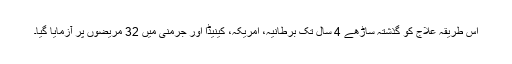
اس طریقہ علاج کو گذشتہ ساڑھے 4 سال تک برطانیہ، امریکہ، کینیڈا اور جرمنی میں 32 مریضوں پر آزمایا گیا۔